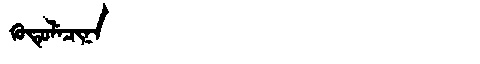
Manchu: ᡴᡠᡨᡠᠯᡝᠴᡳᠨᠠ
Romanization: KUTULECINA